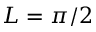
L = \pi / 2